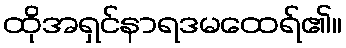
ထိုအရှင်နာရဒမထေရ်၏။